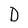
Character: D